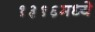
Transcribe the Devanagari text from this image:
१३१६मध्ये